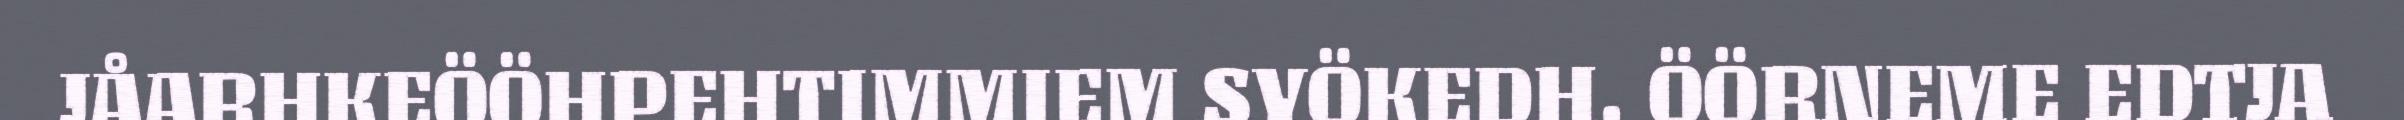
JÅARHKEÖÖHPEHTIMMIEM SYÖKEDH. ÖÖRNEME EDTJA